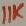
Text: 11K